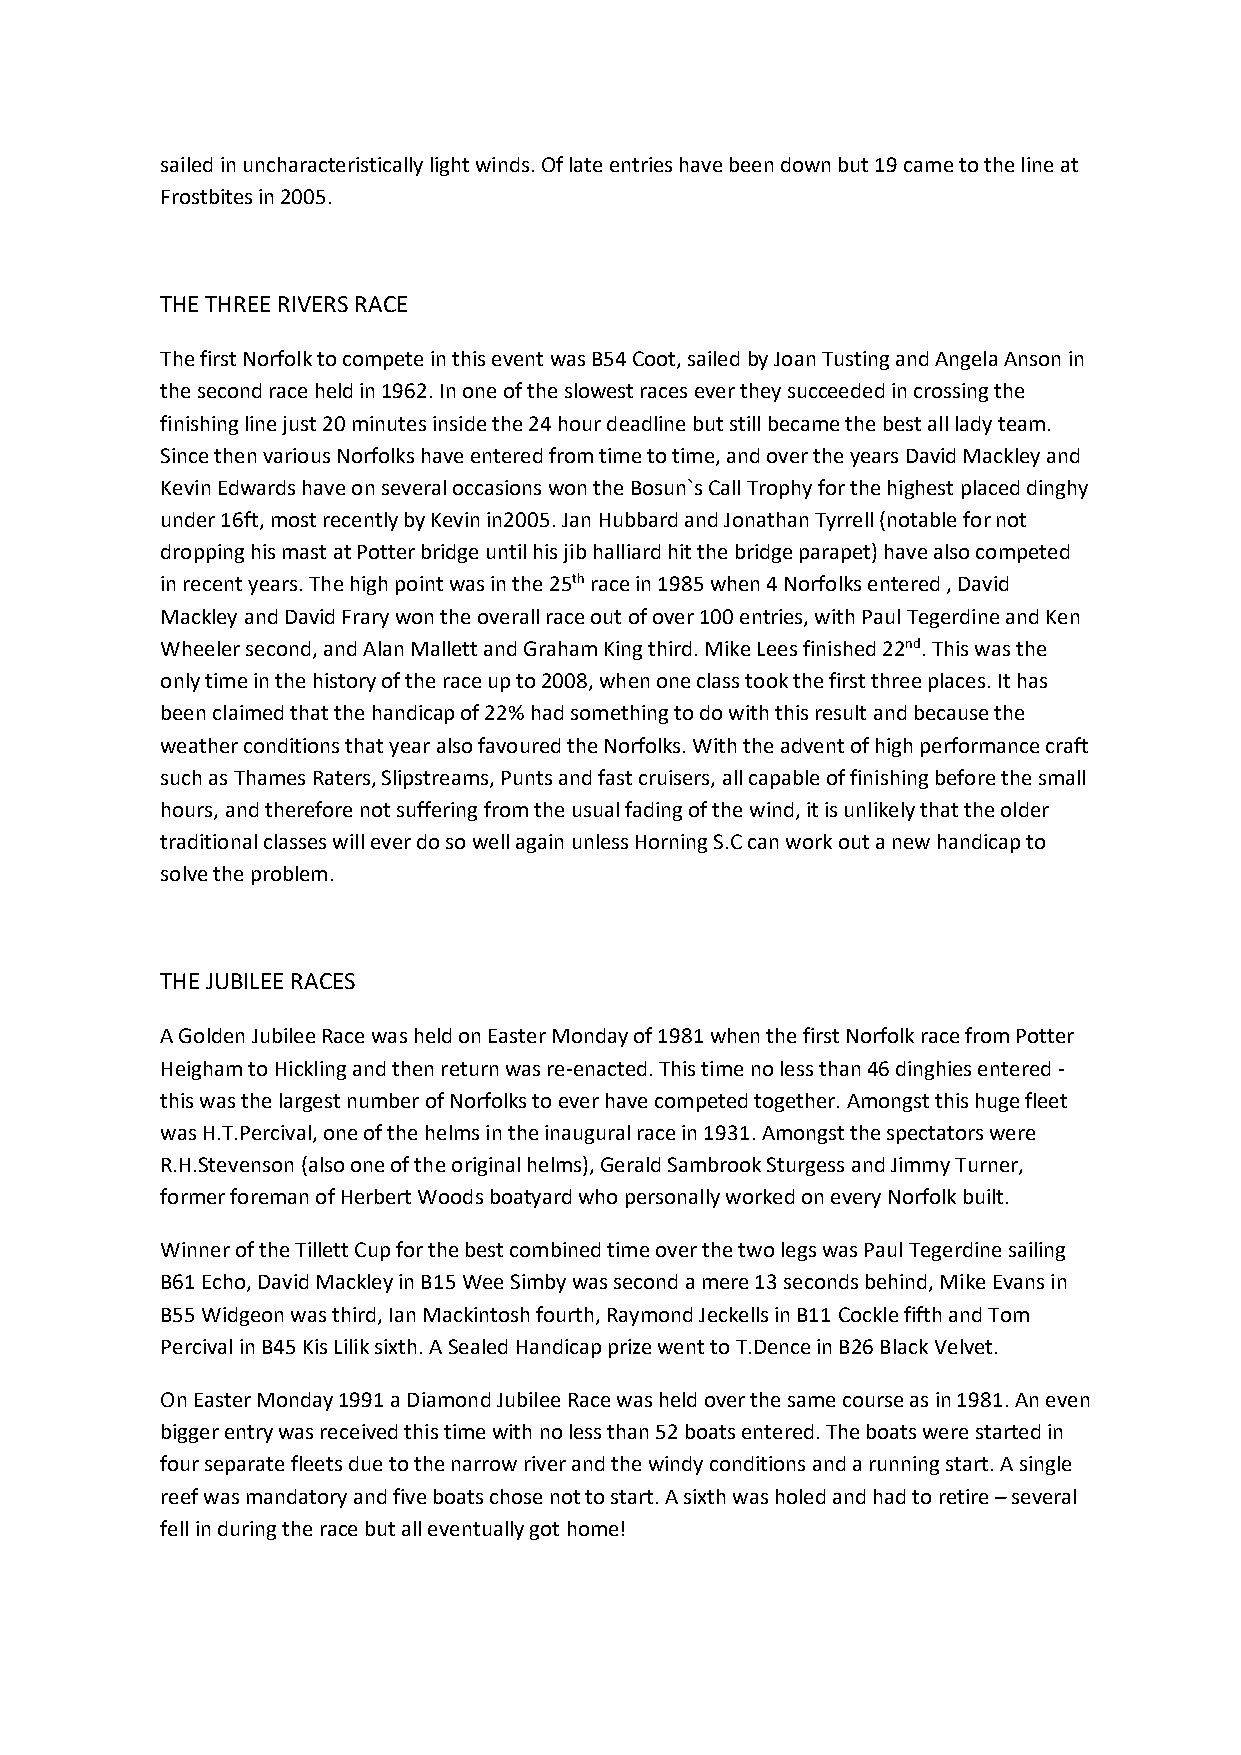
sailed in uncharacteristically light winds. Of late entries have been down but 19 came to the line at
 Frostbites in 2005.
 THE THREE RIVERS RACE
 The first Norfolk to compete in this event was B54 Coot, sailed by Joan Tusting and Angela Anson in
 the second race held in 1962. In one of the slowest races ever they succeeded in crossing the
 finishing line just 20 minutes inside the 24 hour deadline but still became the best all lady team.
 Since then various Norfolks have entered from time to time, and over the years David Mackley and
 Kevin Edwards have on several occasions won the Bosun`s Call Trophy for the highest placed dinghy
 under 16ft, most recently by Kevin in2005. Jan Hubbard and Jonathan Tyrrell (notable for not
 dropping his mast at Potter bridge until his jib halliard hit the bridge parapet) have also competed
 in recent years. The high point was in the 25th race in 1985 when 4 Norfolks entered , David
 Mackley and David Frary won the overall race out of over 100 entries, with Paul Tegerdine and Ken
 Wheeler second, and Alan Mallett and Graham King third. Mike Lees finished 22nd. This was the
 only time in the history of the race up to 2008, when one class took the first three places. It has
 been claimed that the handicap of 22% had something to do with this result and because the
 weather conditions that year also favoured the Norfolks. With the advent of high performance craft
 such as Thames Raters, Slipstreams, Punts and fast cruisers, all capable of finishing before the small
 hours, and therefore not suffering from the usual fading of the wind, it is unlikely that the older
 traditional classes will ever do so well again unless Horning S.C can work out a new handicap to
 solve the problem.
 THE JUBILEE RACES
 A Golden Jubilee Race was held on Easter Monday of 1981 when the first Norfolk race from Potter
 Heigham to Hickling and then return was re-enacted. This time no less than 46 dinghies entered -
 this was the largest number of Norfolks to ever have competed together. Amongst this huge fleet
 was H.T.Percival, one of the helms in the inaugural race in 1931. Amongst the spectators were
 R.H.Stevenson (also one of the original helms), Gerald Sambrook Sturgess and Jimmy Turner,
 former foreman of Herbert Woods boatyard who personally worked on every Norfolk built.
 Winner of the Tillett Cup for the best combined time over the two legs was Paul Tegerdine sailing
 B61 Echo, David Mackley in B15 Wee Simby was second a mere 13 seconds behind, Mike Evans in
 B55 Widgeon was third, Ian Mackintosh fourth, Raymond Jeckells in B11 Cockle fifth and Tom
 Percival in B45 Kis Lilik sixth. A Sealed Handicap prize went to T.Dence in B26 Black Velvet.
 On Easter Monday 1991 a Diamond Jubilee Race was held over the same course as in 1981. An even
 bigger entry was received this time with no less than 52 boats entered. The boats were started in
 four separate fleets due to the narrow river and the windy conditions and a running start. A single
 reef was mandatory and five boats chose not to start. A sixth was holed and had to retire – several
 fell in during the race but all eventually got home!